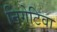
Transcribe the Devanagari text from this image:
निगेटिवा